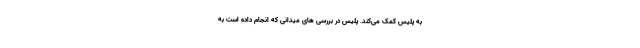
به پلیس کمک می‌کند. پلیس در بررسی های میدانی که انجام داده است به